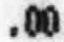
.00